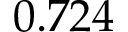
0 . 7 2 4